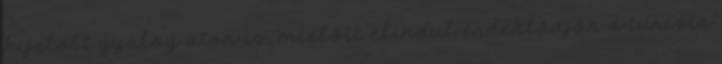
kijelölt gyalog úton is, mielőtt elindul érdeklődjön a turista